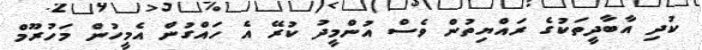
ކުދި އާބާދީތަކުގެ ރައްޔިތުން ވެސް އުންމީދު ކުރޭ އެ ހައްގުން އެމީހުން މަހުރޫމް